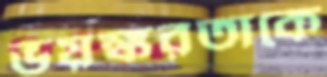
ভয়ঙ্করতাকে